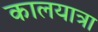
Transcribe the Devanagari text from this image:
कालयात्रा